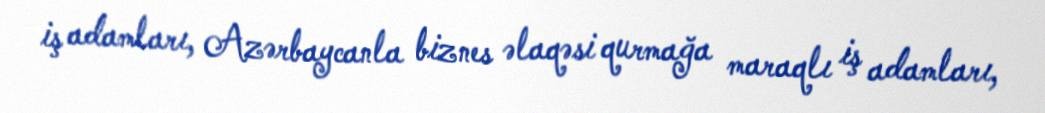
iş adamları, Azərbaycanla biznes əlaqəsi qurmağa maraqlı iş adamları,